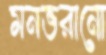
মনভরানো